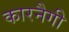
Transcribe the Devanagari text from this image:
कारनैगी